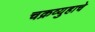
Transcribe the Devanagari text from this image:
चक्रव्युहाचे